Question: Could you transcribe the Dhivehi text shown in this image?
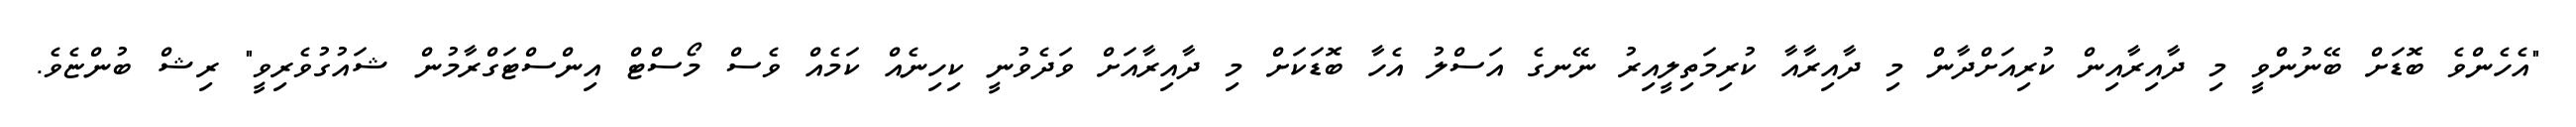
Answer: "އެހެންވެ ބޮޑަށް ބޭނުންވީ މި ދާއިރާއިން ކުރިއަށްދާން މި ދާއިރާއާ ކުރިމަތިލީއިރު ނޭނގެ އަސްލު އެހާ ބޮޑަކަށް މި ދާއިރާއަށް ވަދެވުނީ ކިހިނެއް ކަމެއް ވެސް މޯސްޓް އިންސްޓަގްރާމުން ޝައުގުވެރިވީ" ރިޝް ބުންޏެވެ.